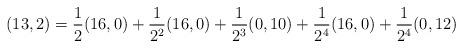
LaTeX: \begin{align*} (13,2) = \frac{1}{2}(16,0) + \frac{1}{2^2}(16,0) + \frac{1}{2^3}(0,10) + \frac{1}{2^4}(16,0) + \frac{1}{2^4}(0,12)\end{align*}